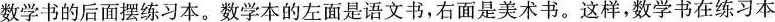
数学书的后面摆练习本。数学本的左面是语文书，右面是美术书。这样，数学书在练习本